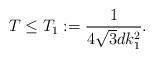
LaTeX: \begin{align*} T\le T_1:= \frac{1}{4\sqrt{3}dk^2_1}. \end{align*}